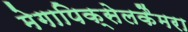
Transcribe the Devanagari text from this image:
मेगापिक्सेलकैमरा